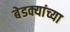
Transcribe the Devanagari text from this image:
बेडक्यांच्या